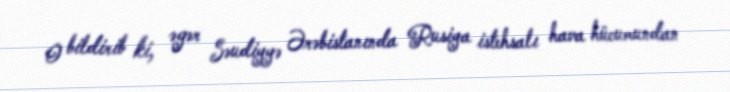
O bildirib ki, əgər Səudiyyə Ərəbistanında Rusiya istehsalı hava hücumundan